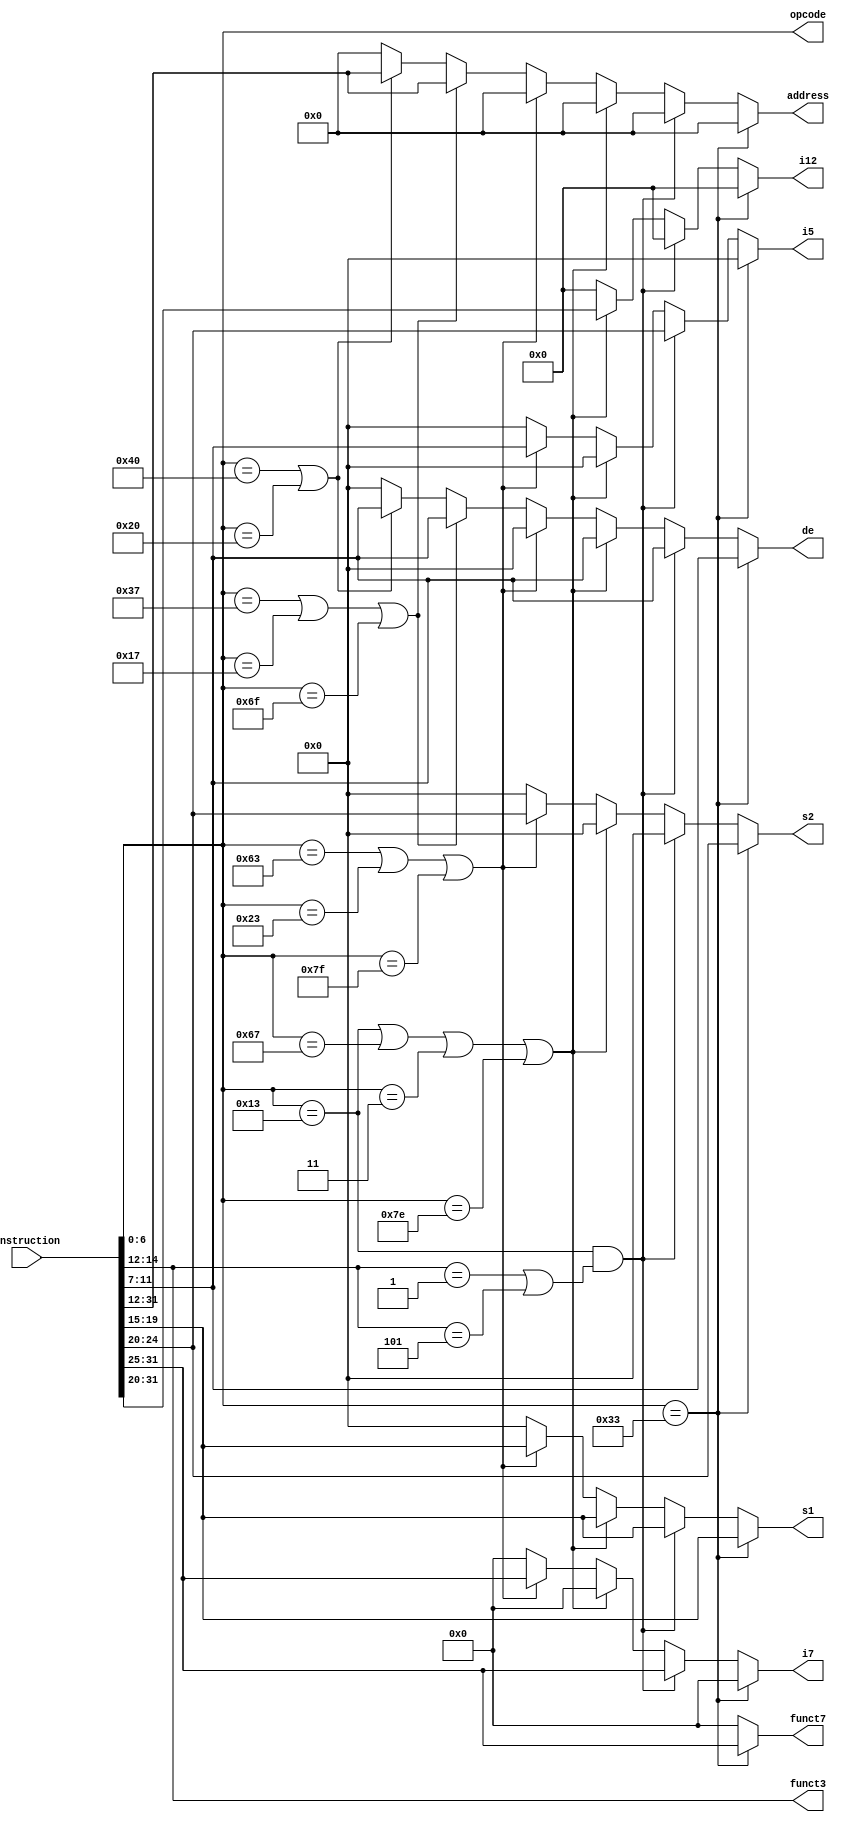
module instruction_parser(
	output wire [6:0] opcode,
	output reg [4:0] s1,
	output reg [4:0] s2,
	output reg [4:0] de,
	output reg [4:0] i5,
	output reg [6:0] funct7,
	output reg [6:0] i7,
	output wire [2:0] funct3,
	output reg [11:0] i12,
	output reg [19:0] address,
	input [31:0] instruction
);
	assign opcode = instruction[6:0];
	assign funct3 = instruction[14:12];
	always @(*)
	begin
		// OP
		if(opcode == 7'b0110011) begin
			funct7 = instruction[31:25];
			s2 = instruction[24:20];
			s1 = instruction[19:15];
			de = instruction[11:7];
			i5 = 5'd0;
			i7 = 7'd0;
			i12 = 12'd0;
			address = 20'd0;
		end
		// OP-IMM : SLLI, SRLI, SRAI
		else if(opcode == 7'b0010011 & (funct3 == 3'b001 | funct3 == 3'b101)) begin
			i7 = instruction[31:25];
			i5 = instruction[24:20];
			s1 = instruction[19:15];
			de = instruction[11:7];
			s2 = 5'd0;
			funct7 = 7'd0;
			i12 = 12'd0;
			address = 20'd0;
		end
		// Rest of OP-IMM and JALR or lw
		else if (opcode == 7'b0010011 || opcode == 7'b1100111 || opcode == 7'b0000011 || opcode == 7'b1111110) begin 
			i12 = instruction[31:20];
			s1 = instruction[19:15];
			de = instruction[11:7];
			s2 = 5'd0;
			i5 = 5'd0;
			funct7 = 7'd0;
			i7 = 7'd0;
			address = 20'd0;
		end
		//  Branch or sw
		else if(opcode == 7'b1100011 || opcode == 7'b0100011 || opcode == 7'b1111111) begin
			i7 = instruction[31:25];
			s2 = instruction[24:20];
			s1 = instruction[19:15];
			i5 = instruction[11:7];
			de = 5'd0;
			funct7 = 7'd0;
			i12 = 12'd0;
			address = 20'd0;
		end
		// LUI or AUIPC or JAL
		else if((opcode == 7'b0110111)|(opcode == 7'b0010111)|(opcode == 7'b1101111)) begin
			address = instruction[31:12];
			de = instruction[11:7];
			s2 = 5'd0;
			s1 = 5'd0;
			i5 = 5'd0;
			funct7 = 7'd0;
			i7 = 7'd0;
			i12 = 12'd0;
		end
		else if ((opcode == 7'b1000000) | (opcode == 7'b0100000)) // afl-ask for lock and nml-no more lock
		begin
			address = instruction[31:12];
			de = instruction[11:7];
			s2 = 5'd0;
			s1 = 5'd0;
			i5 = 5'd0;
			funct7 = 7'd0;
			i7 = 7'd0;
			i12 = 12'd0;
		end
		else
		begin
			address = 20'd0;
			de = 5'd0;
			s2 = 5'd0;
			s1 = 5'd0;
			i5 = 5'd0;
			funct7 = 7'd0;
			i7 = 7'd0;
			i12 = 12'd0;
		end
	end	
endmodule